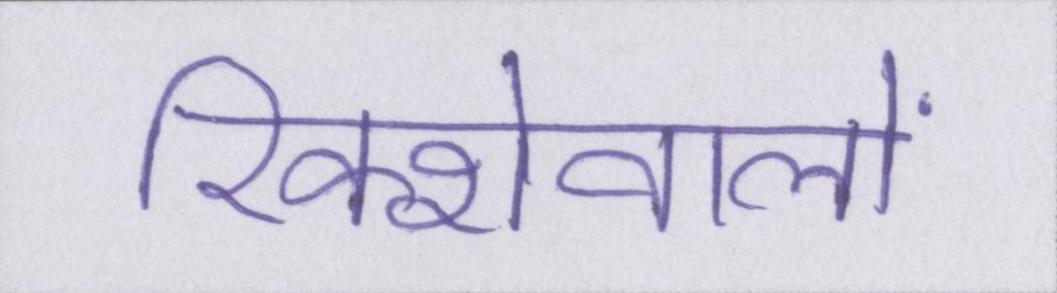
रिक्शेवालों